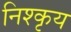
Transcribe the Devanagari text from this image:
निश्कृय